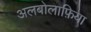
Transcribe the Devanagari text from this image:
अलबोलाफ़िया